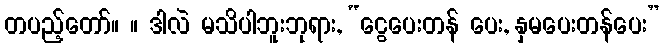
တပည့်တော်။ ။ ဒါလဲ မသိပါဘူးဘုရား, “ငွေပေးတန် ပေး, နှမပေးတန်ပေး”